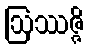
ဩဿဇ္ဇိ